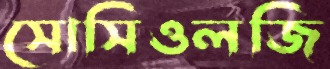
সোসিওলজি